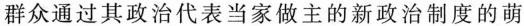
群众通过其政治代表当家做主的新政治制度的萌